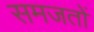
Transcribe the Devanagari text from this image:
समजतों